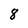
Character: 8